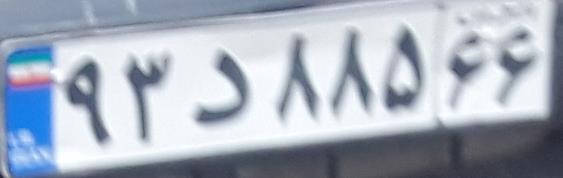
۹۳د۸۸۵۶۶